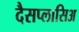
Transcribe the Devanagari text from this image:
दैसप्लासिअ